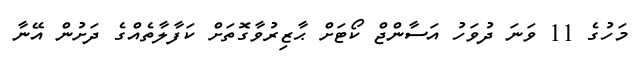
މަހުގެ 11 ވަނަ ދުވަހު އަސާންޖް ކޯޓަށް ޙާޒިރުވާގޮތަށް ކަފާލާތެއްގެ ދަށުން އޭނާ